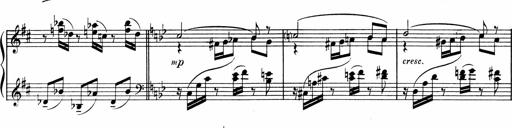
Title: Sonatine pour piano
Composer: Albert Roussel